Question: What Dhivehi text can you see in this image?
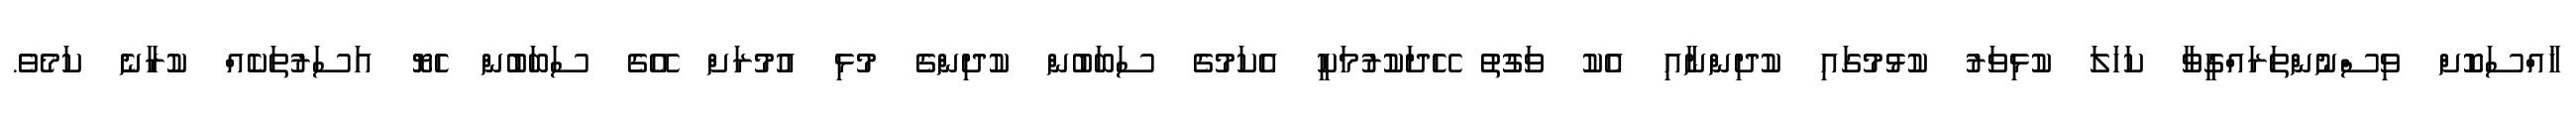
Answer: ޚާއްސަކޮށް ވިސްނުންތަރައްގީވާ ކަހަލަ ކުޅިވަރު ކުޅުމުގައި ކުދިންނާއި އެކު ވަގުތު ހޭދަކުރުމަކީ އެކަމުގެ ސަބަބުން ކުދިންގެ މުޅި އުމުރަށް އޭގެ ސަބަބުން ހެޔޮ އަސަރުތަކެއް ކުރާނެ ކަމެވެ.